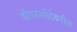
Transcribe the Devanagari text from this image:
डोंगरसोंडेवरील